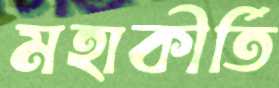
মহাকীর্তি